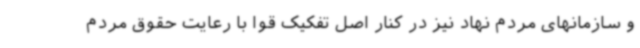
و سازمانهای مردم نهاد نیز در کنار اصل تفکیک قوا با رعایت حقوق مردم